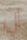
ان